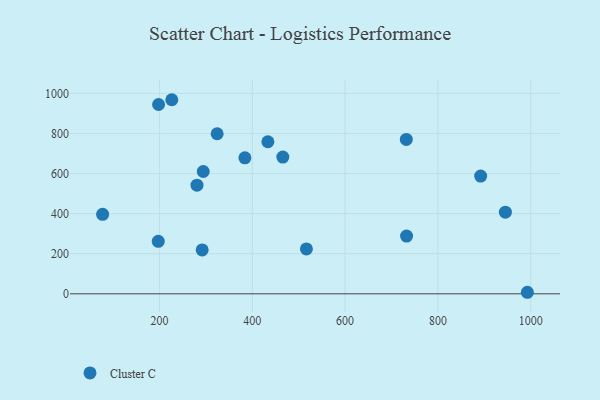
{"axis": {"x": "Speed", "y": "Fuel Efficiency"}, "legend": ["Cluster C"], "data": [{"x": "324.2", "y": 798.6, "type": "Cluster C"}, {"x": "291.9", "y": 218.8, "type": "Cluster C"}, {"x": "945.5", "y": 407.1, "type": "Cluster C"}, {"x": "433.5", "y": 758.7, "type": "Cluster C"}, {"x": "892.2", "y": 587.2, "type": "Cluster C"}, {"x": "465.7", "y": 682.2, "type": "Cluster C"}, {"x": "77.3", "y": 396.7, "type": "Cluster C"}, {"x": "197.2", "y": 261.7, "type": "Cluster C"}, {"x": "226.4", "y": 968.3, "type": "Cluster C"}, {"x": "280.7", "y": 542.1, "type": "Cluster C"}, {"x": "294.2", "y": 610.2, "type": "Cluster C"}, {"x": "732.5", "y": 287.9, "type": "Cluster C"}, {"x": "516.6", "y": 224.1, "type": "Cluster C"}, {"x": "197.9", "y": 944.4, "type": "Cluster C"}, {"x": "731.9", "y": 770.4, "type": "Cluster C"}, {"x": "992.9", "y": 7.7, "type": "Cluster C"}, {"x": "384.0", "y": 678.2, "type": "Cluster C"}]}